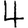
Digit: 4